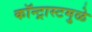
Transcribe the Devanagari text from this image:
कॉन्ट्रास्टमुळे